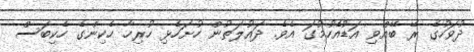
ދުވަހުގެ ރޭ ބޭއްވި އަޑުއެހުމުގަ އެވެ. ދައުލަތުން ހުށަހެޅި ހުރިހާ ހެކިންގެ ހެކިބަސް